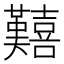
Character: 囏